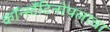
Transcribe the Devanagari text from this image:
कॉन्स्टँटिनोपलाचा